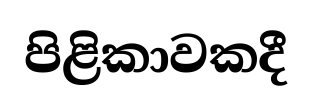
පිළිකාවකදී